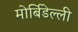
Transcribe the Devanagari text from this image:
मोर्बिडेल्ली